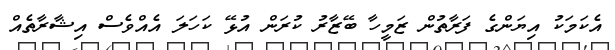
އެކަމަކު އިޔަންގެ ފަރާތުން ޒަމީހާ ބޭޒާރު ކުރަން އުޅޭ ކަހަލަ އެއްވެސް އިޝާރާތެއް